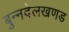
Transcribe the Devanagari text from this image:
बुन्नदेलखणड